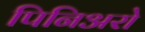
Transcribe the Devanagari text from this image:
पिनिअरो